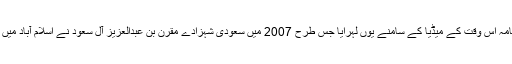
آپ نے اپنے موقف کے دفاع میں طبیبِ شہر کی جانب سے جاری کرده گواہی نامہ اس وقت کے میڈیا کے سامنے یوں لہرایا جس طرح 2007 میں سعودی شہزادے مقرن بن عبدالعزیز آلِ سعُود نے اسلام آباد میں مکرمی نواز شریف و ہمنوا کا معاہده جلاوطنی پاکستانی میڈیا کے سامنے لہرایا۔